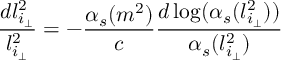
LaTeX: \frac { d l _ { i _ { \perp } } ^ { 2 } } { l _ { i _ { \perp } } ^ { 2 } } = - \frac { \alpha _ { s } ( m ^ { 2 } ) } { c } \frac { d \log ( \alpha _ { s } ( l _ { i _ { \perp } } ^ { 2 } ) ) } { \alpha _ { s } ( l _ { i _ { \perp } } ^ { 2 } ) }